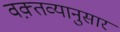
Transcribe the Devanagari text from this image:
वक़्तव्यानुसार